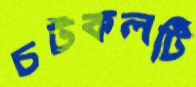
চটকলটি